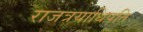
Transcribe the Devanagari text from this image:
राजत्रयाधिपति